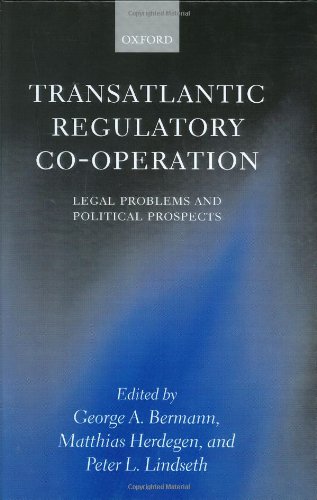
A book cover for Transatlantic Regulatory Co-operation: Legal Problems and Political Prospects; Business & Money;